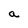
Character: a